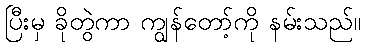
ပြီးမှ ခိုတွဲကာ ကျွန်တော့်ကို နမ်းသည်။